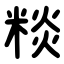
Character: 䊏